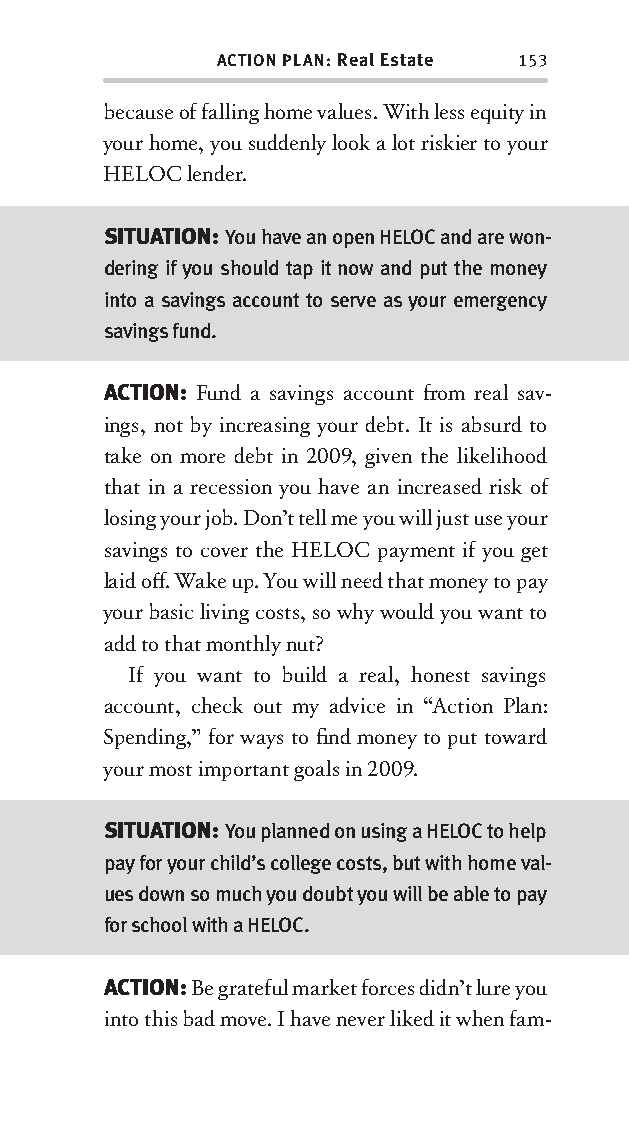
ACTION PLAN: Real Estate 153
 because of falling home values. With less equity in
 your home, you suddenly look a lot riskier to your
 HELOC lender.
 SITUATION: You have an open HELOC and are won-
 dering if you should tap it now and put the money
 into a savings account to serve as your emergency
 savings fund.
 ACTION: Fund a savings account fr om real sav-
 ings, not by increasing your debt. It is absurd to
 take on more debt in 2009, given the likelihood
 that in a recession you have an increased risk of
 losing your job. Don’t tell me you will just use your
 savings to cover the HELOC payment if you get
 laid off . Wake up. You will nee d that money to pay
 your basic living costs, so why would you want to
 add to that monthly nut?
 If you want to build a real, honest savings
 account, check out my advice in “Action Plan:
 Spending,” for ways to fi nd money to put toward
 your most important goals in 2009.
 SITUATION: You planned on using a HELOC to help
 pay for your child’s college costs, but with home val-
 ues down so much you doubt you will be able to pay
 for school with a HELOC.
 ACTION: Be grateful market forces didn’t lure you
 into this bad move. I have never liked it when fam-
 OOrrmmaa__99778800338855553300993344__44pp__aallll__rr11..iinndddd 115533 1122//33//0088 99::3311::3311 AAMM